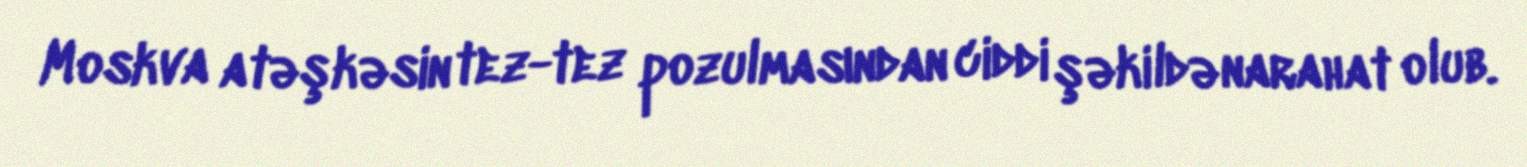
Moskva atəşkəsin tez-tez pozulmasından ciddi şəkildə narahat olub.